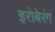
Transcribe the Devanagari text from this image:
इरोबेरंग